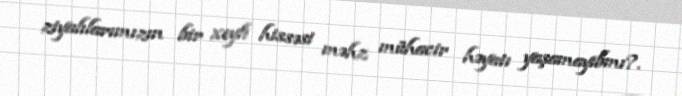
ziyalılarımızın bir xeyli hissəsi məhz mühacir həyatı yaşamayıbmı?.